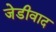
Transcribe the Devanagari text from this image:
जेडीवाद